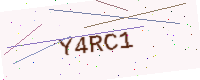
Text: Y4RC1